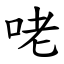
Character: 咾